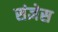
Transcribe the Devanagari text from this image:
संज्ञेस